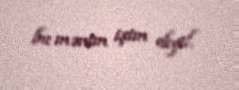
bu mənim işim deyil.